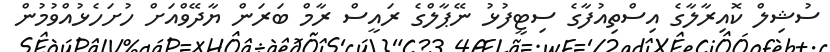
ސުޝިލް ކޮއިރާލާގެ އިސްތިއުފާގެ ސިޓީފުޅު ނޭޕާލްގެ ރައީސް ރާމް ބަރަން ޔާދޭވްއަށް ހުށަހެޅުއްވުމުން